Annual administration and progress report of the Indian Medical Department, Bombay
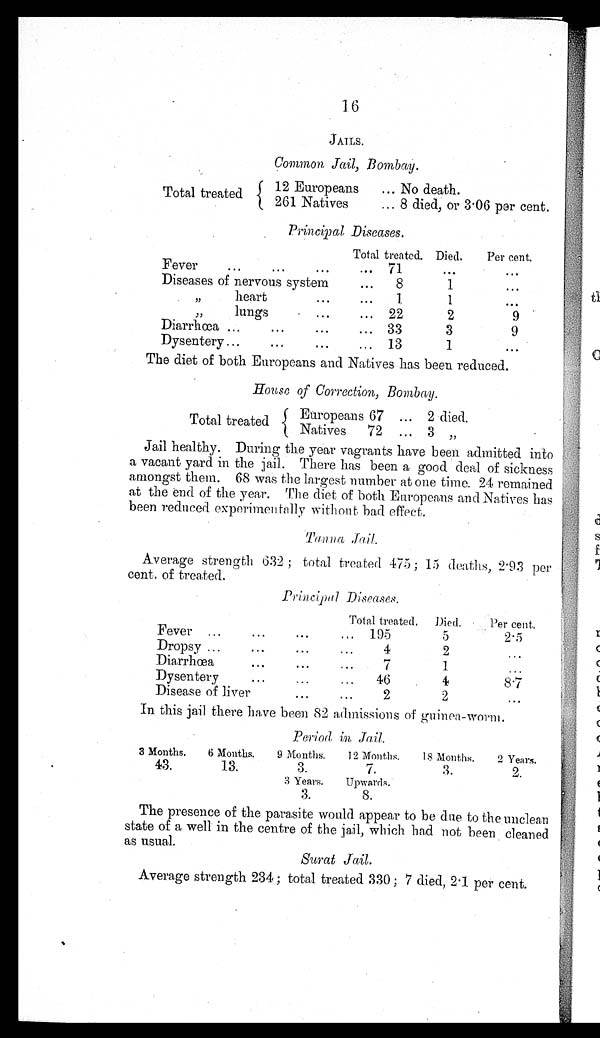
16
JAILS.
Common Jail, Bombay.
Total treated
12 Europeans
... No death.
261 Natives
... 8 died, or 3.06 par cent.
Principal Diseases.
Total treated. Died.
Per cent.
Fever
...
...
...
... 71
. . .
. . .
Diseases of nervous system
...
8
1
...
, ,
h e a r t
...
...
1
1
. . .
, , l u n g s
. . .
... 22
2
9
Diarrhœa ...
...
...
... 33
3
9
Dysentery ...
...
...
. . .
13
1
. . .
The diet of both Europeans and Natives has been reduced.
House of Correction, Bombay.
Total treated
Europeans 67 ... 2 died.
Natives 72 ... 3 „
Jail healthy. During the year vagrants have been admitted into
a vacant yard in the jail. There has been a good deal of sickness
amongst them. 68 was the largest number at one time. 24 remained
at the end of the year. The diet of both Europeans and Natives has
been reduced experimentally without bad effect.
Tanna Jail.
Average strength 632; total treated 475; 15 deaths, 2.93 per
cent. of treated.
Principal Diseases.
Total treated.
Died.
Per cent.
Fever ...
...
...
... 195
5
2 . 5
Dropsy ...
...
. . .
...
4
2
...
Diarrhœa
. . .
. . .
...
7
1
...
Dysentery
...
...
...
46
4
8.7
Disease of liver
...
...
2
2
...
In this jail there have been 82 admissions of guinea-worm.
Period in Jail.
3 Months.
6 Months.
9 Months.
12 Months.
18 Months.
2 Years.
43.
13.
3.
7.
3.
2.
3 Years.
Upwards.
3.
8.
The presence of the parasite would appear to be due to the un clean
state of a well in the centre of the jail, which had not been cleaned
as usual.
Surat Jail.
Average strength 234; total treated 330; 7 died, 2.1 per cent.